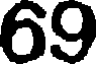
69